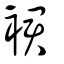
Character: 裠